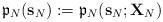
LaTeX: \begin{align*}\mathfrak{p}_{N}(\mathbf{s}_{N}):=\mathfrak{p}_{N}(\mathbf{s}_{N}; \mathbf{X}_{N})\end{align*}